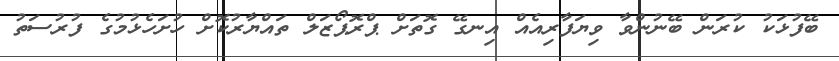
ބޭފުޅަކު ކުރަން ބޭނުންވާ ވިޔަފާރިއެއް އިނގޭ ގޮތަށް ޕްރޮޕޯޒަލް ތައްޔާރުކޮށް ހުށަހެޅުމުގެ ފުރުސަތު